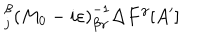
LaTeX: _ { j } ^ { \beta } \left( M _ { 0 } - i \varepsilon \right) _ { \beta \gamma } ^ { - 1 } \Delta F ^ { \gamma } [ A ^ { \prime } ]